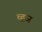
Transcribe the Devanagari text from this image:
व्ह्ज